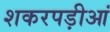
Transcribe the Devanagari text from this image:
शकरपड़ीआं